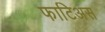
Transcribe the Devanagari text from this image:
फाटिअस